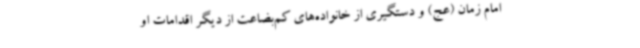
امام زمان (عج) و دستگیری از خانواده‌های کم‌بضاعت از دیگر اقدامات او